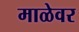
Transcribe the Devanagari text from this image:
माळेवर